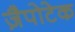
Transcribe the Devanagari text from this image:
ज़ैपोटेक